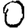
Digit: 0